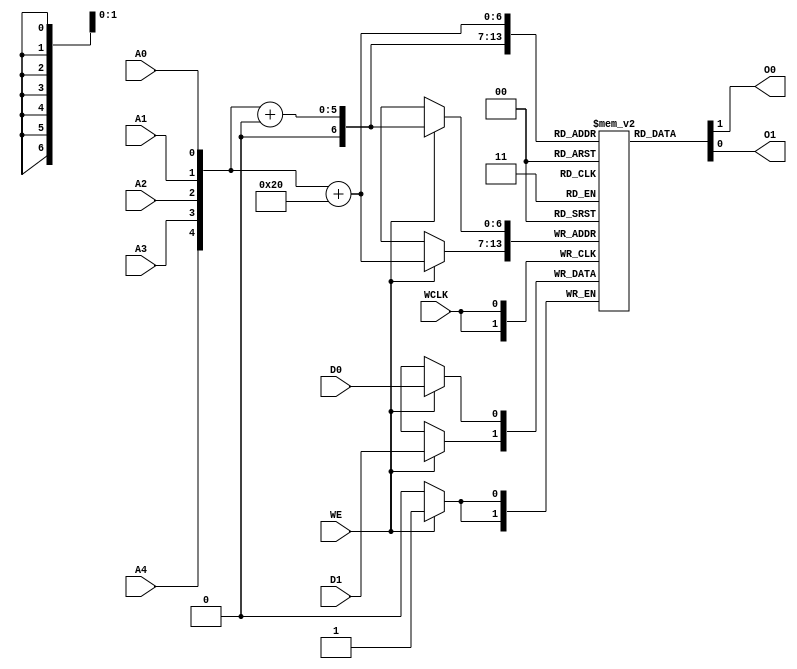
// $Header: /devl/xcs/repo/env/Databases/CAEInterfaces/verunilibs/s/RAM32X2S.v,v 1.8.22.2 2003/12/05 00:34:06 wloo Exp $

/*

FUNCTION	: 32x2 Static RAM with synchronous write capability

*/

`timescale  1 ps / 1 ps


module RAM32X2S (O0, O1, A0, A1, A2, A3, A4, D0, D1, WCLK, WE);

    parameter INIT_00 = 32'h00000000;
    parameter INIT_01 = 32'h00000000;

    output O0, O1;

    input  A0, A1, A2, A3, A4, D0, D1, WCLK, WE;

    reg  mem [64:0];
    reg  [8:0] count;
    wire [4:0] adr;
    wire [1:0] d_in, o_out;
    wire wclk_in, we_in;

    buf b_d0   (d_in[0], D0);
    buf b_d1   (d_in[1], D1);
    buf b_wclk (wclk_in, WCLK);
    buf b_we   (we_in, WE);

    buf b_a4 (adr[4], A4);
    buf b_a3 (adr[3], A3);
    buf b_a2 (adr[2], A2);
    buf b_a1 (adr[1], A1);
    buf b_a0 (adr[0], A0);

    buf b_o0 (O0, o_out[0]);
    buf b_o1 (O1, o_out[1]);

    buf b_o_out0 (o_out[0], mem[adr + 32 * 0]);
    buf b_o_out1 (o_out[1], mem[adr + 32 * 1]);

    initial begin
	for (count = 0; count < 32; count = count + 1) begin
	    mem[count + 32 * 0] <= INIT_00[count];
	    mem[count + 32 * 1] <= INIT_01[count];
	end
    end

    always @(posedge wclk_in) begin
	if (we_in == 1'b1) begin
	    mem[adr + 32 * 0] <= #100 d_in[0];
	    mem[adr + 32 * 1] <= #100 d_in[1];
	end
    end

    specify
	if (WE)
	    (WCLK => O0) = (0, 0);
	if (WE)
	    (WCLK => O1) = (0, 0);

	(A4 => O0) = (0, 0);
	(A3 => O0) = (0, 0);
	(A2 => O0) = (0, 0);
	(A1 => O0) = (0, 0);
	(A0 => O0) = (0, 0);
	(A4 => O1) = (0, 0);
	(A3 => O1) = (0, 0);
	(A2 => O1) = (0, 0);
	(A1 => O1) = (0, 0);
	(A0 => O1) = (0, 0);
    endspecify

endmodule